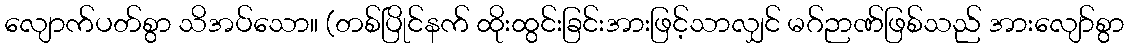
လျောက်ပတ်စွာ သိအပ်သော။ (တစ်ပြိုင်နက် ထိုးထွင်းခြင်းအားဖြင့်သာလျှင် မဂ်ဉာဏ်ဖြစ်သည် အားလျော်စွာ